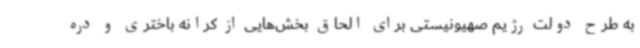
به طرح دولت رژیم صهیونیستی برای الحاق بخش‌هایی از کرانه باختری و دره